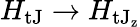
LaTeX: H_{\mathrm{tJ}}\rightarrow H_{\mathrm{tJ_{z}}}